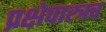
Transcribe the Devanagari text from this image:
प्रक्षेपास्त्रच